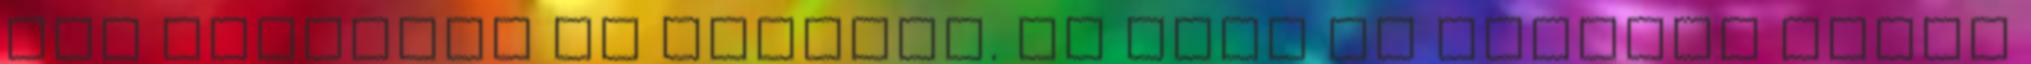
hat festéket és kagylót. És Emma ma délután kapta